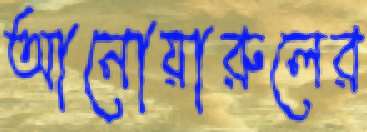
আনোয়ারুলের